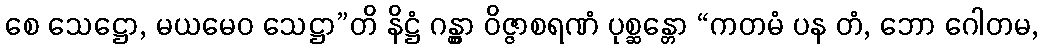
စေ သေဋ္ဌော, မယမေဝ သေဋ္ဌာ”တိ နိဋ္ဌံ ဂန္တွာ ဝိဇ္ဇာစရဏံ ပုစ္ဆန္တော “ကတမံ ပန တံ, ဘော ဂေါတမ,